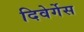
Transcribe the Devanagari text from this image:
दिवेर्गेस